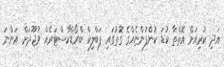
އަދި ކުރިއަށް އޮތްތާ ކުޑަ ކުންފުންޏެއްގެ ގޮތުގައި ޕަބްލިކް ބްރޯޑްކާސްޓަރެއް ވުޖޫދަށް އަންނަ